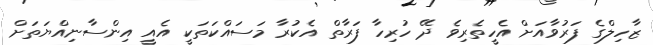
ޒާހިލްގެ ފަރުވާއަށް އެހީތެރިވެ ދޭ ހުރިހާ ފަރާތް އެކުރާ މަސައްކަތަކީ އެއީ އިންސާނިއްޔަތަށް